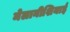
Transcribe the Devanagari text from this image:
मेलानीशियाई